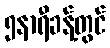
၅နာရီခန့်တွင်